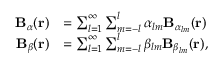
\begin{array} { r l } { \mathbf { B } _ { \alpha } ( \mathbf { r } ) } & { = \sum _ { l = 1 } ^ { \infty } \sum _ { m = - l } ^ { l } \alpha _ { l m } \mathbf { B } _ { \alpha _ { l m } } ( \mathbf { r } ) } \\ { \mathbf { B } _ { \beta } ( \mathbf { r } ) } & { = \sum _ { l = 1 } ^ { \infty } \sum _ { m = - l } ^ { l } \beta _ { l m } \mathbf { B } _ { \beta _ { l m } } ( \mathbf { r } ) , } \end{array}